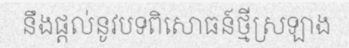
នឹងផ្តល់នូវបទពិសោធន៍ថ្មីស្រឡាង